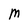
Character: M